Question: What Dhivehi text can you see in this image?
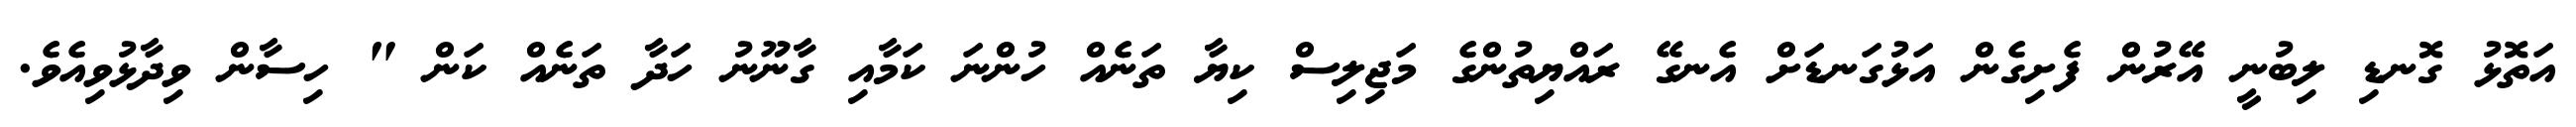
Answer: އަތޮޅު ގޮނޑި ލިބުނީ އޭރުން ފެށިގެން އަޅުގަނޑަށް އެނގޭ ރައްޔިތުންގެ މަޖިލިސް ކިޔާ ތަނެއް ހުންނަ ކަމާއި ގާނޫނު ހަދާ ތަނެއް ކަން " ހިސާން ވިދާޅުވިއެވެ.